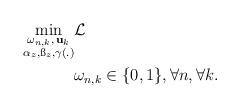
LaTeX: \begin{align*} \min_{\substack{\omega_{n,k},\,{{\bf{u}}}_k\\ {\alpha_z, \ss_{z}, \gamma (.)}}} & \mathcal{L} \\ &\omega_{n,k} \in \{0,1\}, \forall n, \forall k. \end{align*}